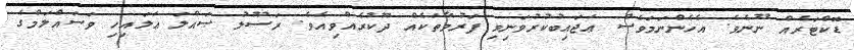
ޑޮކްޓަރެއް ނޫނެވެ. އެހެންނަމަވެސް ޢަޖައިބުކުރުވަނިވި ފަރުވާތަކެއް ދޫކުރެއްވިއެވެ. ރަސޫލު ޞައްލަ ޢަލައިހި ވަސައްލަމްގެ